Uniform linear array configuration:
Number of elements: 12
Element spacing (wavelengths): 0.25
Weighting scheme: hann
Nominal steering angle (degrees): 30
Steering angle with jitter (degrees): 28.49
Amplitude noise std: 0.05
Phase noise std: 0.05

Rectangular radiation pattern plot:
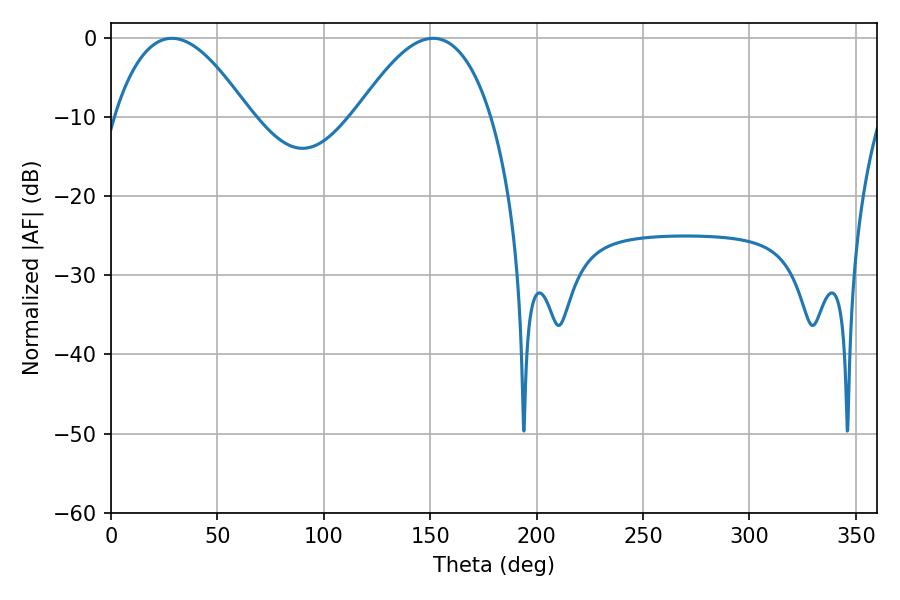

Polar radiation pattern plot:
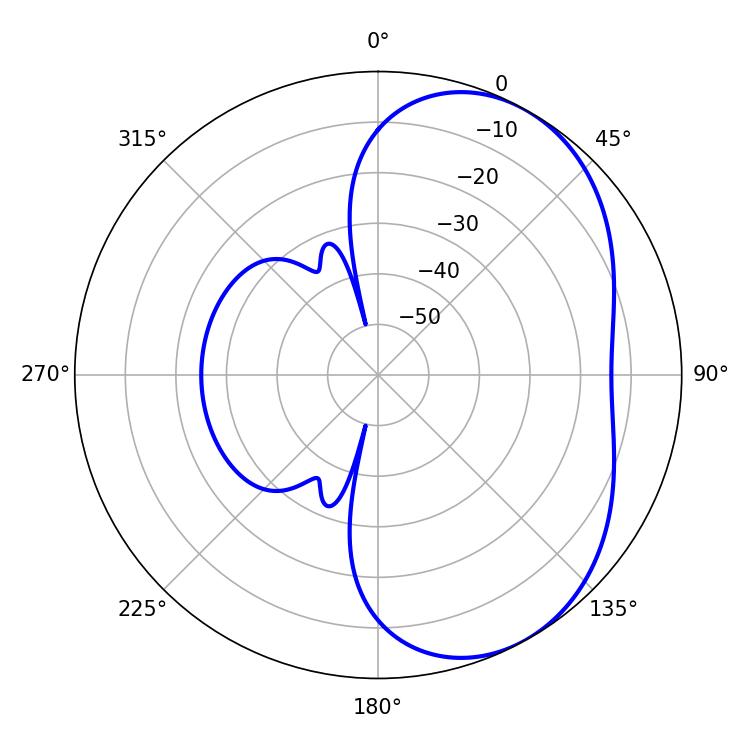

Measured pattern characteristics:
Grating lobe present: FALSE
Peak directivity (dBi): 4.614
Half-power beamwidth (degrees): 34.74
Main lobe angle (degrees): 28.62